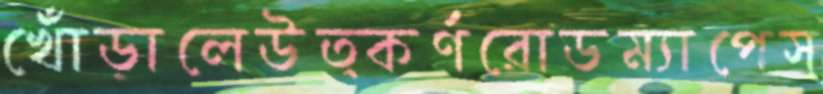
খোঁড়ালেউত্কর্ণরোডম্যাপেস্